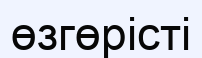
өзгөрісті